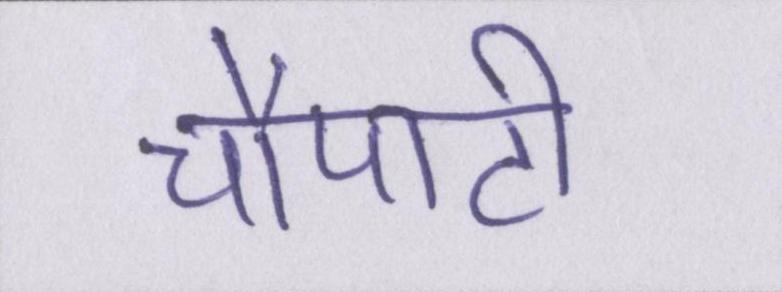
चौपाटी